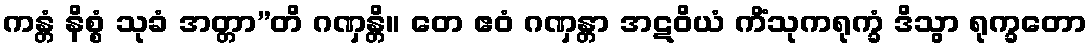
ကန္တံ နိစ္စံ သုခံ အတ္တာ”တိ ဂဏှန္တိ။ တေ ဧဝံ ဂဏှန္တာ အဋဝိယံ ကိံသုကရုက္ခံ ဒိသွာ ရုက္ခတော